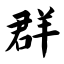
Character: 群